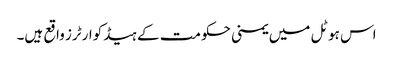
اس ہوٹل میں یمنی حکومت کے ہیڈکوارٹرز واقع ہیں۔